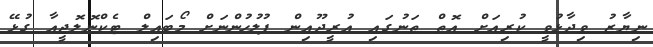
ނިޔާޒު ވިދާޅުވީ ކުރިއަށް އޮތް ތަނުގައި އުރީދޫއިން ފުލުހުންނަށް މޯބައިލް ޓެކްނޮލޮޖީއާ ގުޅޭ